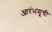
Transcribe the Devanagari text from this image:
आरंभसूची